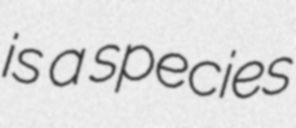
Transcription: is a species